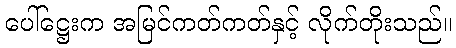
ပေါ်ဋ္ဌေးက အမြင်ကတ်ကတ်နှင့် လိုက်တိုးသည်။